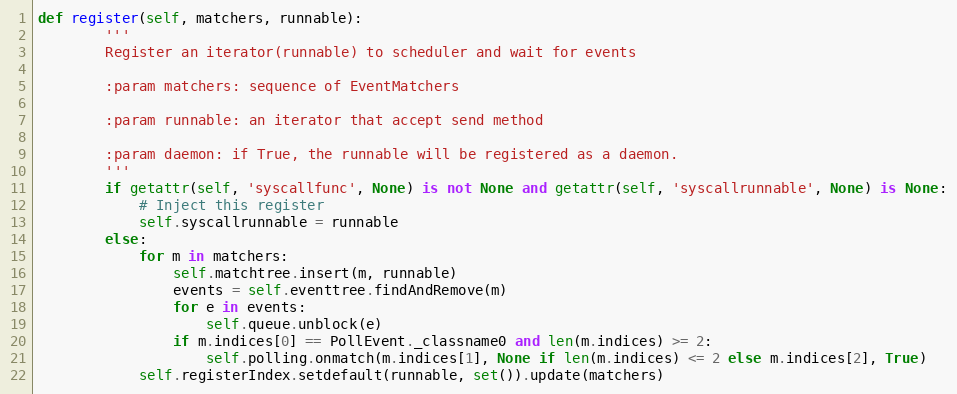
Language: Python
def register(self, matchers, runnable):
        '''
        Register an iterator(runnable) to scheduler and wait for events

        :param matchers: sequence of EventMatchers

        :param runnable: an iterator that accept send method

        :param daemon: if True, the runnable will be registered as a daemon.
        '''
        if getattr(self, 'syscallfunc', None) is not None and getattr(self, 'syscallrunnable', None) is None:
            # Inject this register
            self.syscallrunnable = runnable
        else:
            for m in matchers:
                self.matchtree.insert(m, runnable)
                events = self.eventtree.findAndRemove(m)
                for e in events:
                    self.queue.unblock(e)
                if m.indices[0] == PollEvent._classname0 and len(m.indices) >= 2:
                    self.polling.onmatch(m.indices[1], None if len(m.indices) <= 2 else m.indices[2], True)
            self.registerIndex.setdefault(runnable, set()).update(matchers)